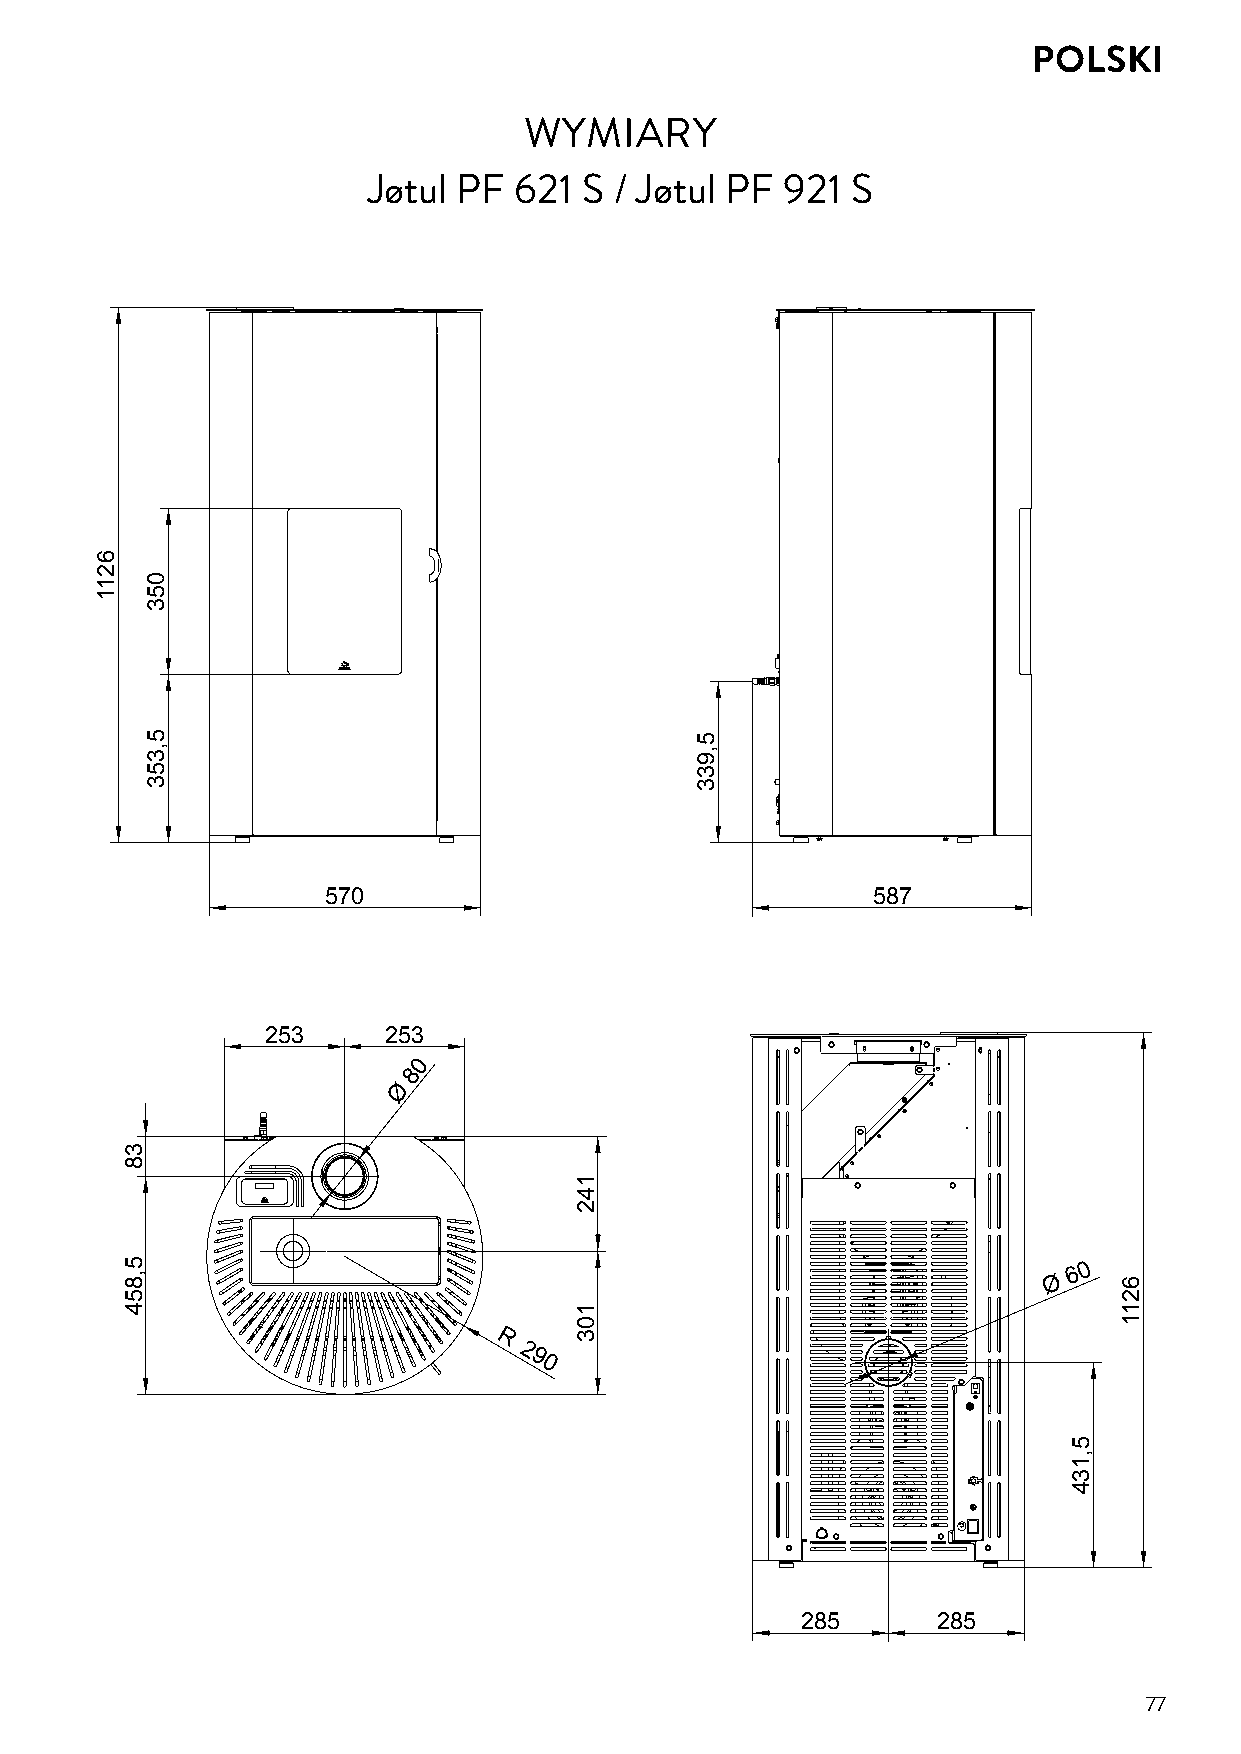
POLSKI
 WYMIARY
 Jøtul PF  621  S / Jøtul PF 921 S
 570                                 587
 253    253
 0
 8
 Ø
 Ø
 6 0
 R
 2
 9
 0
 285      285
 77
 6211
 38
 5,854
 053
 5,353
 142
 103
 5,933
 5,134
 6211